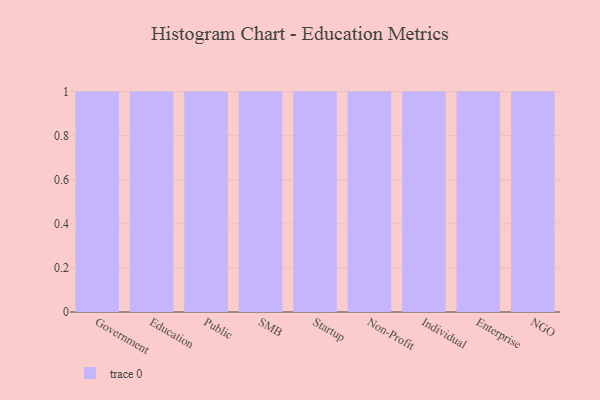
{"axis": {"x": "Segment", "y": "Latency (ms)"}, "legend": [""], "data": [{"x": "Government", "y": 32, "type": ""}, {"x": "Education", "y": 87, "type": ""}, {"x": "Public", "y": 52, "type": ""}, {"x": "SMB", "y": 90, "type": ""}, {"x": "Startup", "y": 4, "type": ""}, {"x": "Non-Profit", "y": 76, "type": ""}, {"x": "Individual", "y": 24, "type": ""}, {"x": "Enterprise", "y": 56, "type": ""}, {"x": "NGO", "y": 31, "type": ""}]}